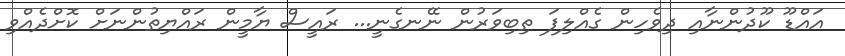
އައްޑޫ ކޫދުންނާއި ދިވެހިން ގެއްލިފަ ތިބިވަރުން ނޭނގެނީ... ރައީސް ޔާމީން ރައްޔިތުންނަށް ކޮށްދެއްވި